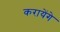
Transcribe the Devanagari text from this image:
करायेंगे